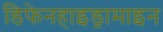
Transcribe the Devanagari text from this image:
डिफेनहाइड्रामाइन